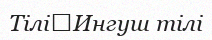
Тілі	Ингуш тілі